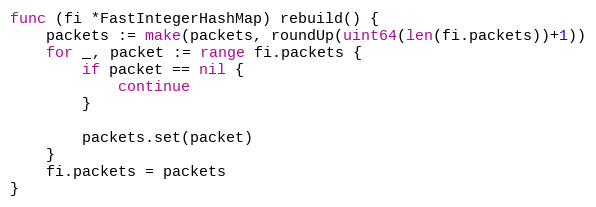
Language: Go
func (fi *FastIntegerHashMap) rebuild() {
	packets := make(packets, roundUp(uint64(len(fi.packets))+1))
	for _, packet := range fi.packets {
		if packet == nil {
			continue
		}

		packets.set(packet)
	}
	fi.packets = packets
}